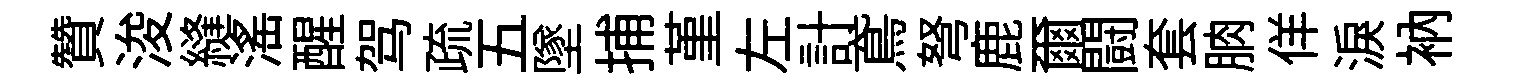
贊浚縫滛醒驾疏五墜捕堇左計鳶弩鹿爾闘套朒佯淚衲